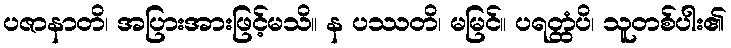
ပဇာနာတိ၊ အပြားအားဖြင့်မသိ။ န ပဿတိ၊ မမြင်။ ပရတ္ထံပိ၊ သူတစ်ပါး၏